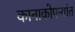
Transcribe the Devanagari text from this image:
कानाकोपऱ्यांत